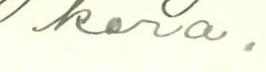
kera.